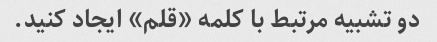
دو تشبیه مرتبط با کلمه «قلم» ایجاد کنید.